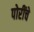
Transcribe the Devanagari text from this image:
पोरींचे